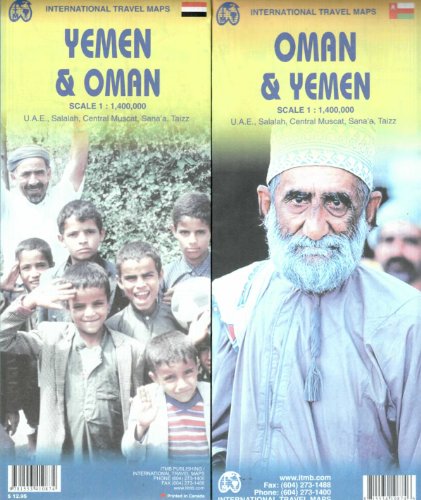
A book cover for Oman & Yemen 1:1,400,000 Including inset of U.A.E, Salalah, Central Muscat, Sana'a, Taizz ITM travel map (International Travel Maps); ITMB Canada; Travel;